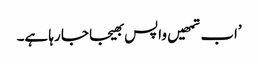
’اب تمھیں واپس بھیجا جا رہا ہے۔